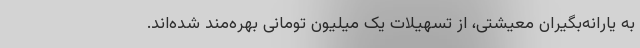
به یارانه‌بگیران معیشتی، از تسهیلات یک میلیون تومانی بهره‌مند شده‌اند.